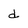
Character: d